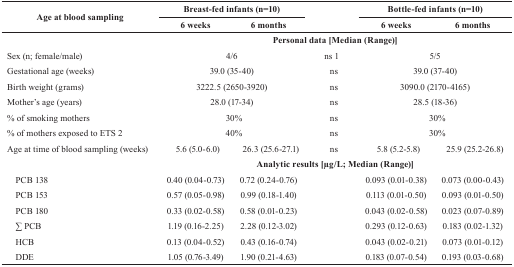
<table><thead><tr><td rowspan="2"><b>Age at blood sampling</b></td><td colspan="4"><b>Breast-fed infants (n=10)</b></td><td colspan="5"><b>Bottle-fed infants (n=10)</b></td></tr><tr><td colspan="2"><b>6 weeks</b></td><td colspan="2"><b>6 months</b></td><td colspan="3"><b>6 weeks</b></td><td colspan="2"><b>6 months</b></td></tr></thead><tbody><tr><td></td><td colspan="9"><b>Personal data [Median (Range)]</b></td></tr><tr><td>Sex (n; female/male)</td><td colspan="3">4/6</td><td colspan="2">ns 1</td><td colspan="4">5/5</td></tr><tr><td>Gestational age (weeks)</td><td colspan="3">39.0 (35-40)</td><td colspan="2">ns</td><td colspan="4">39.0 (37-40)</td></tr><tr><td>Birth weight (grams)</td><td colspan="3">3222.5 (2650-3920)</td><td colspan="2">ns</td><td colspan="4">3090.0 (2170-4165)</td></tr><tr><td>Mother’s age (years)</td><td colspan="3">28.0 (17-34)</td><td colspan="2">ns</td><td colspan="4">28.5 (18-36)</td></tr><tr><td>% of smoking mothers</td><td colspan="3">30%</td><td colspan="2">ns</td><td colspan="4">30%</td></tr><tr><td>% of mothers exposed to ETS 2</td><td colspan="3">40%</td><td colspan="2">ns</td><td colspan="4">30%</td></tr><tr><td>Age at time of blood sampling (weeks)</td><td>5.6 (5.0-6.0)</td><td colspan="2">26.3 (25.6-27.1)</td><td colspan="2">ns</td><td colspan="3">5.8 (5.2-5.8)</td><td>25.9 (25.2-26.8)</td></tr><tr><td></td><td colspan="9"><b>Analytic results [μg/L; Median (Range)]</b></td></tr><tr><td> PCB 138</td><td colspan="2">0.40 (0.04-0.73)</td><td colspan="2">0.72 (0.24-0.76)</td><td colspan="2">0.093 (0.01-0.38)</td><td colspan="3">0.073 (0.00-0.43)</td></tr><tr><td> PCB 153</td><td colspan="2">0.57 (0.05-0.98)</td><td colspan="2">0.99 (0.18-1.40)</td><td colspan="2">0.113 (0.01-0.50)</td><td colspan="3">0.093 (0.01-0.50)</td></tr><tr><td> PCB 180</td><td colspan="2">0.33 (0.02-0.58)</td><td colspan="2">0.58 (0.01-0.23)</td><td colspan="2">0.043 (0.02-0.58)</td><td colspan="3">0.023 (0.07-0.89)</td></tr><tr><td> ∑ PCB</td><td colspan="2">1.19 (0.16-2.25)</td><td colspan="2">2.28 (0.12-3.02)</td><td colspan="2">0.293 (0.12-0.63)</td><td colspan="3">0.183 (0.02-1.32)</td></tr><tr><td> HCB</td><td colspan="2">0.13 (0.04-0.52)</td><td colspan="2">0.43 (0.16-0.74)</td><td colspan="2">0.043 (0.02-0.21)</td><td colspan="3">0.073 (0.01-0.12)</td></tr><tr><td> DDE</td><td colspan="2">1.05 (0.76-3.49)</td><td colspan="2">1.90 (0.21-4.63)</td><td colspan="2">0.183 (0.07-0.54)</td><td colspan="3">0.193 (0.03-0.68)</td></tr></tbody></table>